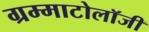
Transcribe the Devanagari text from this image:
ग्रम्माटोलॉजी